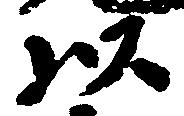
以